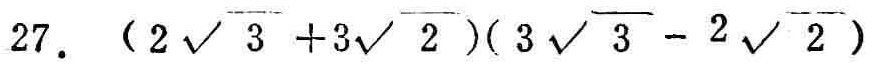
\(27.\ (2\sqrt{3}+3\sqrt{2})(3\sqrt{3}-2\sqrt{2})\)